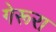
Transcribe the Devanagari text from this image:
गेरूरा